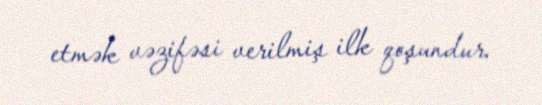
etmək vəzifəsi verilmiş ilk qoşundur.